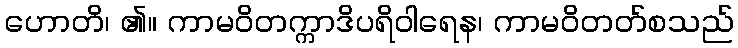
ဟောတိ၊ ၏။ ကာမဝိတက္ကာဒိပရိဝါရေန၊ ကာမဝိတတ်စသည်